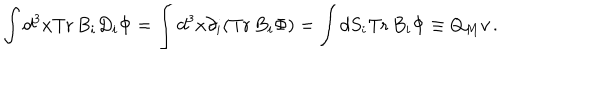
\int d ^ { 3 } x \mathrm { T r } \, B _ { i } D _ { i } \Phi = \int d ^ { 3 } x \partial _ { i } ( \mathrm { T r } \, B _ { i } \Phi ) = \int d S _ { i } \mathrm { T r } \, B _ { i } \Phi \equiv Q _ { M } v \, .